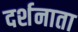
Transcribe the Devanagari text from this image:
दर्शनाता